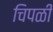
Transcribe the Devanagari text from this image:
चिपळी